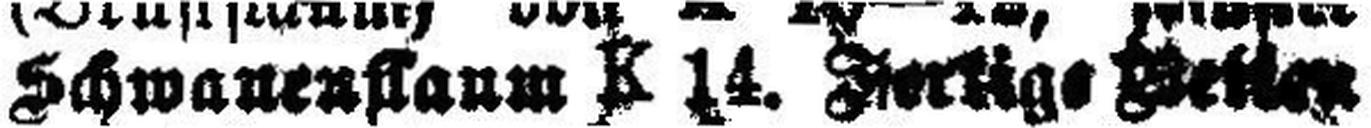
Schwanenflaum K 14, Fertige gotsle###